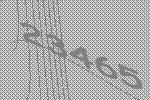
23465